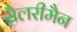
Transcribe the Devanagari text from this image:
सैलरीमैन